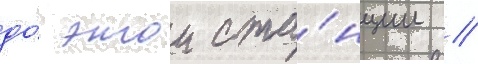
до́ этои ста́нции //